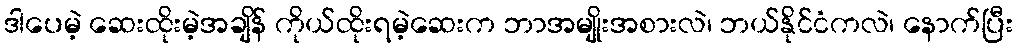
ဒါပေမဲ့ ဆေးထိုးမဲ့အချိန် ကိုယ်ထိုးရမဲ့ဆေးက ဘာအမျိုးအစားလဲ၊ ဘယ်နိုင်ငံကလဲ၊ နောက်ပြီး